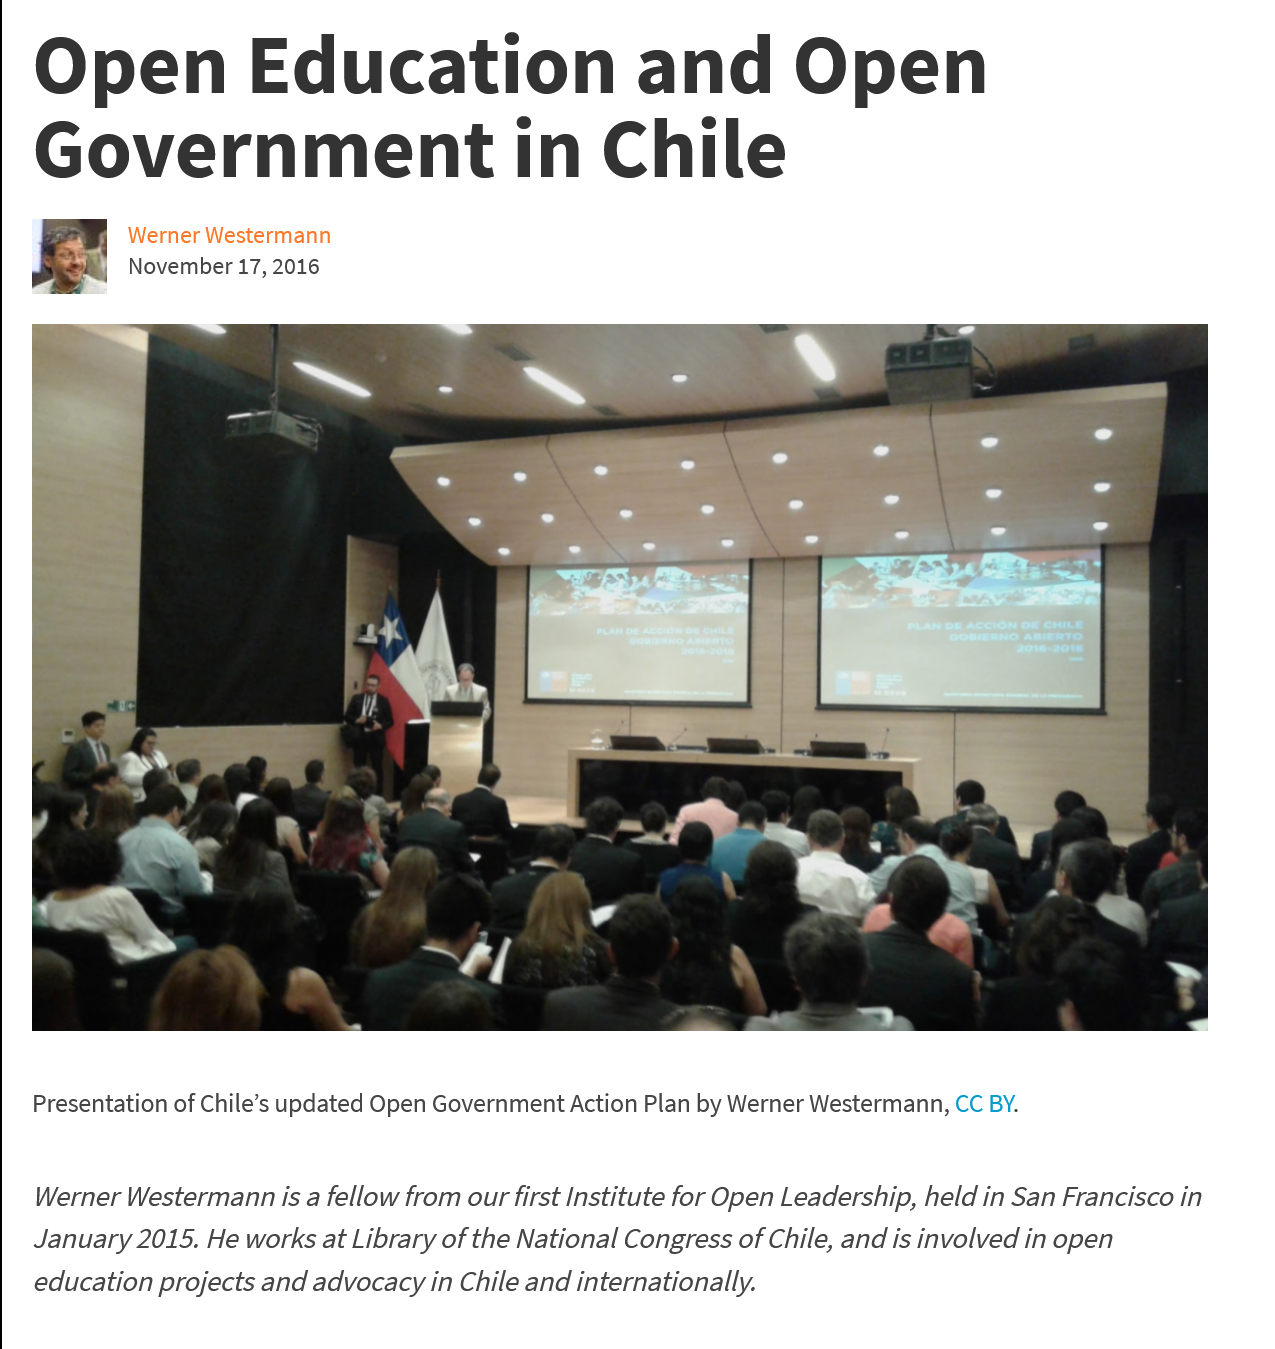
Open    Education    and    Open
   Government    in    Chile
     Werner Westermann
     November 17, 2016
   Presentation of Chile’s updated Open Government Action Plan by Werner Westermann, CC BY.
   Werner Westermann is a fellow from our first Institute for Open Leadership, held in San Francisco in
   January 2015. He works at Library of the National Congress of Chile, and is involved in open
   education projects and advocacy in Chile and internationally.